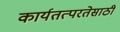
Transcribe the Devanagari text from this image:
कार्यतत्परतेसाठी